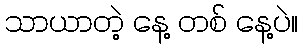
သာယာတဲ့ နေ့ တစ် နေ့ပဲ။